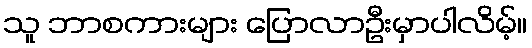
သူ ဘာစကားများ ပြောလာဦးမှာပါလိမ့်။